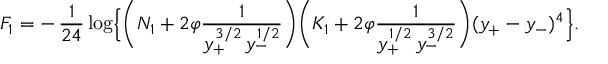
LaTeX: F _ { 1 } = - \, \frac { 1 } { 2 4 } \log \Bigl \{ \biggl ( N _ { 1 } + 2 \varphi \frac { 1 } { y _ { + } ^ { 3 / 2 } \, y _ { - } ^ { 1 / 2 } } \biggr ) \biggl ( K _ { 1 } + 2 \varphi \frac { 1 } { y _ { + } ^ { 1 / 2 } \, y _ { - } ^ { 3 / 2 } } \biggr ) ( y _ { + } - y _ { - } ) ^ { 4 } \Bigr \} .